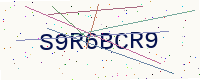
Text: S9R6BCR9